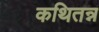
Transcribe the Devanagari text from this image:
कथितन्न